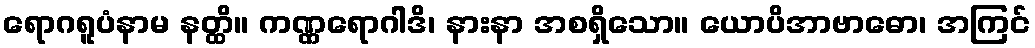
ရောဂရူပံနာမ နတ္ထိ။ ကဏ္ဏရောဂါဒိ၊ နားနာ အစရှိသော။ ယောပိအာဗာဓော၊ အကြင်